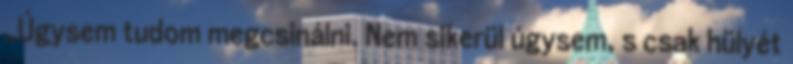
„Úgysem tudom megcsinálni. Nem sikerül úgysem, s csak hülyét